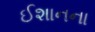
ઈશાનના